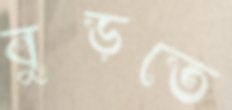
বুড়তে